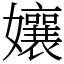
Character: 孃